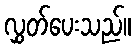
လွှတ်ပေးသည်။